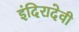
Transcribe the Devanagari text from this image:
इंदिरादेवी